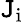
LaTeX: \mathtt{J}_{\mathrm{{i}}}